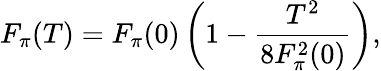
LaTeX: F_{\pi}(T)=F_{\pi}(0)\left(1-{\frac{T^{2}}{8F_{\pi}^{2}(0)}}\right),